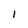
Character: l